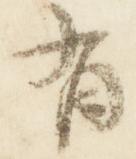
有